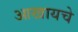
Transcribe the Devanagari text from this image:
आखायचे